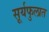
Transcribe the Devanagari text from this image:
सूर्यफुलात